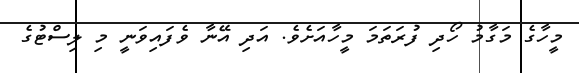
މީހާގެ މަގާމު ހޯދި ފުރަތަމަ މީހާއަށެވެ. އަދި އޭނާ ވެފައިވަނީ މި ލިސްޓުގެ